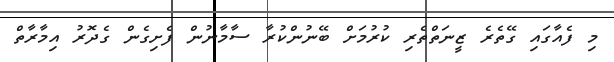
މި ފެއާގައި ގޭތެރެ ޒީނަތްތެރި ކުރުމަށް ބޭނުންކުރާ ސާމާނުން ފެށިގެން ގެދޮރު އިމާރާތް